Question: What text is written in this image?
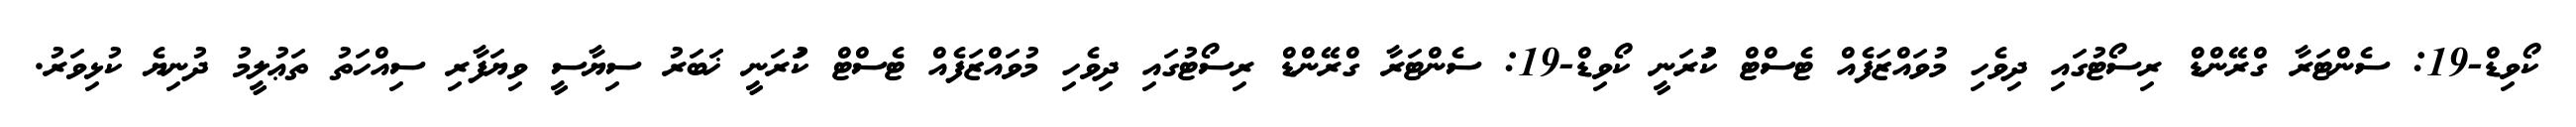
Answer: ކޯވިޑް-19: ސެންޓަރާ ގްރޭންޑް ރިސޯޓުގައި ދިވެހި މުވައްޒަފެއް ޓެސްޓް ކުަރަނީ ކޯވިޑް-19: ސެންޓަރާ ގްރޭންޑް ރިސޯޓުގައި ދިވެހި މުވައްޒަފެއް ޓެސްޓް ކުަރަނީ ޚަބަރު ސިޔާސީ ވިޔަފާރި ސިއްހަތު ތަޢުލީމު ދުނިޔެ ކުޅިވަރު.